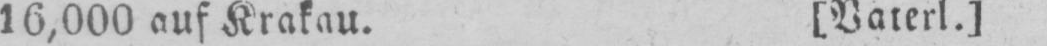
16,000 auf Krakau. [Vaterl.]